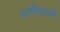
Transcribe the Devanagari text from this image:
नगरिपल्ले